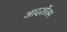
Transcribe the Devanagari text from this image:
आदर्शोतम